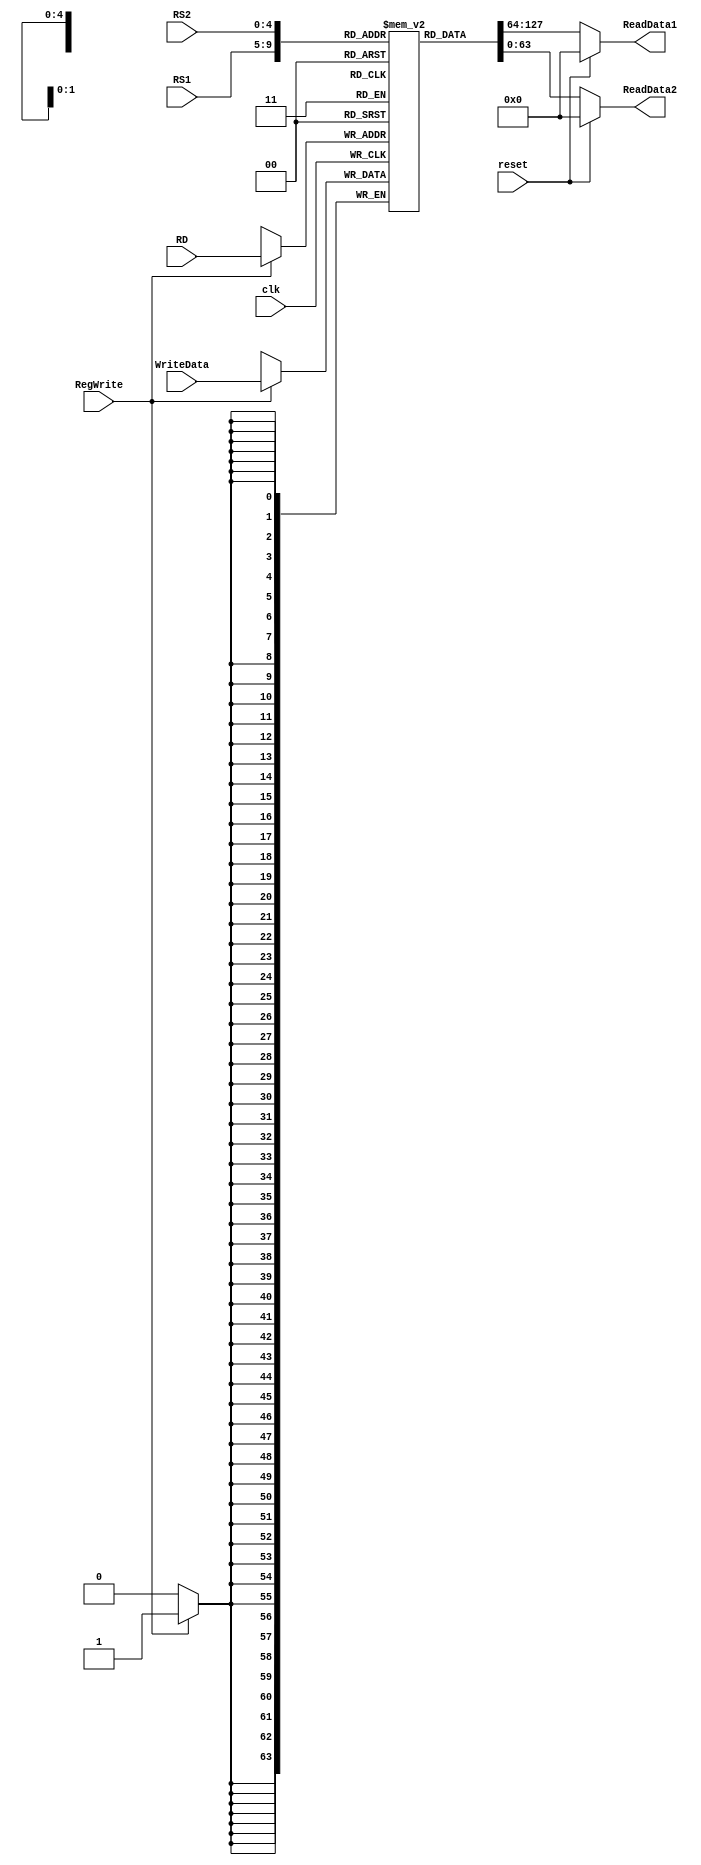
module Register_File
(
    input clk, reset, RegWrite,
    input [63:0] WriteData,
    input [4:0] RS1, RS2, RD,
    output reg [63:0] ReadData1, ReadData2
);

reg [63:0] Registers [31:0];
integer i;

initial
begin
    Registers[0] = 64'd0;
    Registers[1] = 64'd0;
    Registers[2] = 64'd5;
    Registers[3] = 64'd7;
    Registers[4] = 64'd0;
    Registers[5] = 64'd0;
    Registers[6] = 64'd0;
    Registers[7] = 64'd0;
    Registers[8] = 64'd0;
    Registers[9] = 64'd0;
    Registers[10] = 64'd0;
    Registers[11] = 64'd0;
    Registers[12] = 64'd0;
    Registers[13] = 64'd0;
    Registers[14] = 64'd0;
    Registers[15] = 64'd0;
    Registers[16] = 64'd0;
    Registers[17] = 64'd0;
    Registers[18] = 64'd0; 
    Registers[19] = 64'd0;
    Registers[20] = 64'd0;
    Registers[21] = 64'd0; 
    Registers[22] = 64'd0;
    Registers[23] = 64'd0;
    Registers[24] = 64'd0;
    Registers[25] = 64'd0;
    Registers[26] = 64'd0;
    Registers[27] = 64'd0;
    Registers[28] = 64'd0;
    Registers[29] = 64'd0;
    Registers[30] = 64'd0;
    Registers[31] = 64'd0;
    
end


always @(negedge clk ) begin
    
    if (RegWrite) begin
        Registers[RD] = WriteData;
    end
end

always@(*) begin
    ReadData1 = reset ? 0 : Registers[RS1];
    ReadData2 = reset ? 0 : Registers[RS2];
end


endmodule